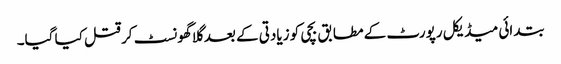
بتدائی میڈیکل رپورٹ کے مطابق بچی کو زیادتی کے بعد گلا گھونسٹ کر قتل کیا گیا۔